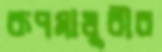
রূপমাধুরীর